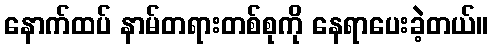
နောက်ထပ် နာမ်တရားတစ်စုကို နေရာပေးခဲ့တယ်။